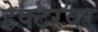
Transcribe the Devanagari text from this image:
हेक्टरवर